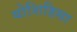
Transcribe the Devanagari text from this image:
योशिहिसा